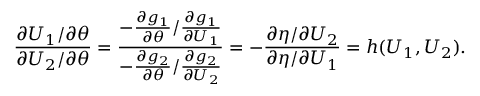
\frac { \partial U _ { 1 } / \partial \theta } { \partial U _ { 2 } / \partial \theta } = \frac { - \frac { \partial g _ { 1 } } { \partial \theta } / \frac { \partial g _ { 1 } } { \partial U _ { 1 } } } { - \frac { \partial g _ { 2 } } { \partial \theta } / \frac { \partial g _ { 2 } } { \partial U _ { 2 } } } = - \frac { \partial \eta / \partial U _ { 2 } } { \partial \eta / \partial U _ { 1 } } = h ( U _ { 1 } , U _ { 2 } ) .